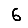
Digit: 6